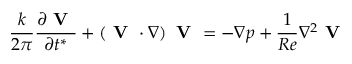
\frac { k } { 2 \pi } \frac { \partial \textbf { V } } { \partial t ^ { * } } + \left( \textbf { V } \cdot \nabla \right) \textbf { V } = - \nabla p + \frac { 1 } { R e } \nabla ^ { 2 } \textbf { V }